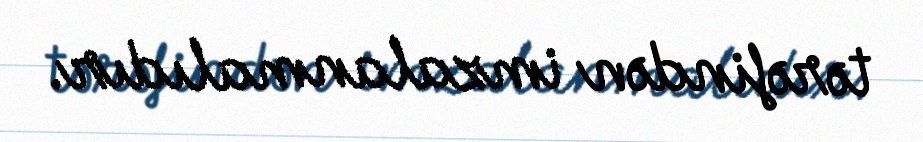
tərəfindən imzalanmalıdır.